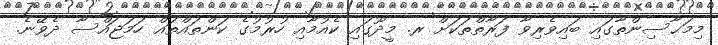
މިމަޙާސިންތާގައި ބައިވެރިވާ ފަރާތްތަކަށް ރ. މީދޫގައި ކެއުމާއި ހުރުމުގެ ކަންތައްތައް ހަމަޖައްސާ ދެވޭނެ.